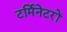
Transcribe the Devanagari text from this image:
टर्मिनेटरों